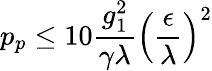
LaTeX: p_{p}\leq 10\frac{g_{1}^{2}}{\gamma\lambda}\left(\frac{\epsilon}{\lambda}\right)^{2}